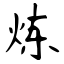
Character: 炼